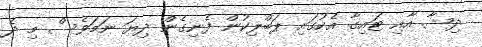
ދިޝާ އާއި ޓައިގާ އެކުގައި ޕަބްލިކުން ފެނިގެން ދިޔަ ނަމަވެސް މި ދެ